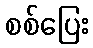
စစ်ပြေး